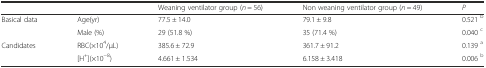
<table><thead><tr><td colspan="2"></td><td><b>Weaning ventilator group (<i>n</i> = 56)</b></td><td><b>Non weaning ventilator group (<i>n</i> = 49)</b></td><td><b><i>P</i></b></td></tr></thead><tbody><tr><td rowspan="2">Basical data</td><td>Age(yr)</td><td>77.5 ± 14.0</td><td>79.1 ± 9.8</td><td>0.521 <sup>b</sup></td></tr><tr><td>Male (%)</td><td>29 (51.8 %)</td><td>35 (71.4 %)</td><td>0.040 <sup>c</sup></td></tr><tr><td rowspan="2">Candidates</td><td>RBC(×10<sup>4</sup>/μL)</td><td>385.6 ± 72.9</td><td>361.7 ± 91.2</td><td>0.139 <sup>a</sup></td></tr><tr><td>[H<sup>+</sup>](×10<sup>−8</sup>)</td><td>4.661 ± 1.534</td><td>6.158 ± 3.418</td><td>0.006 <sup>b</sup></td></tr></tbody></table>